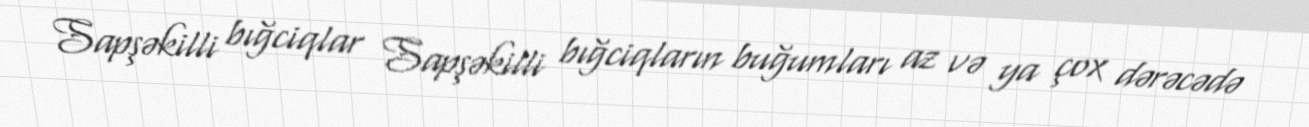
Sapşəkilli bığciqlar Sapşəkilli bığciqların buğumları az və ya çox dərəcədə